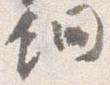
鈿